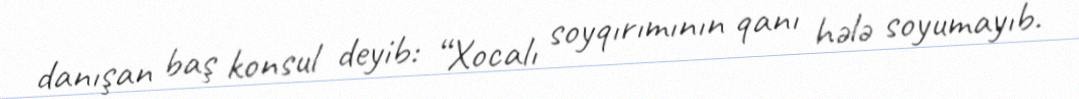
danışan baş konsul deyib: “Xocalı soyqırımının qanı hələ soyumayıb.